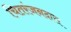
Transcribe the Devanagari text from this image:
चितरंजनदास